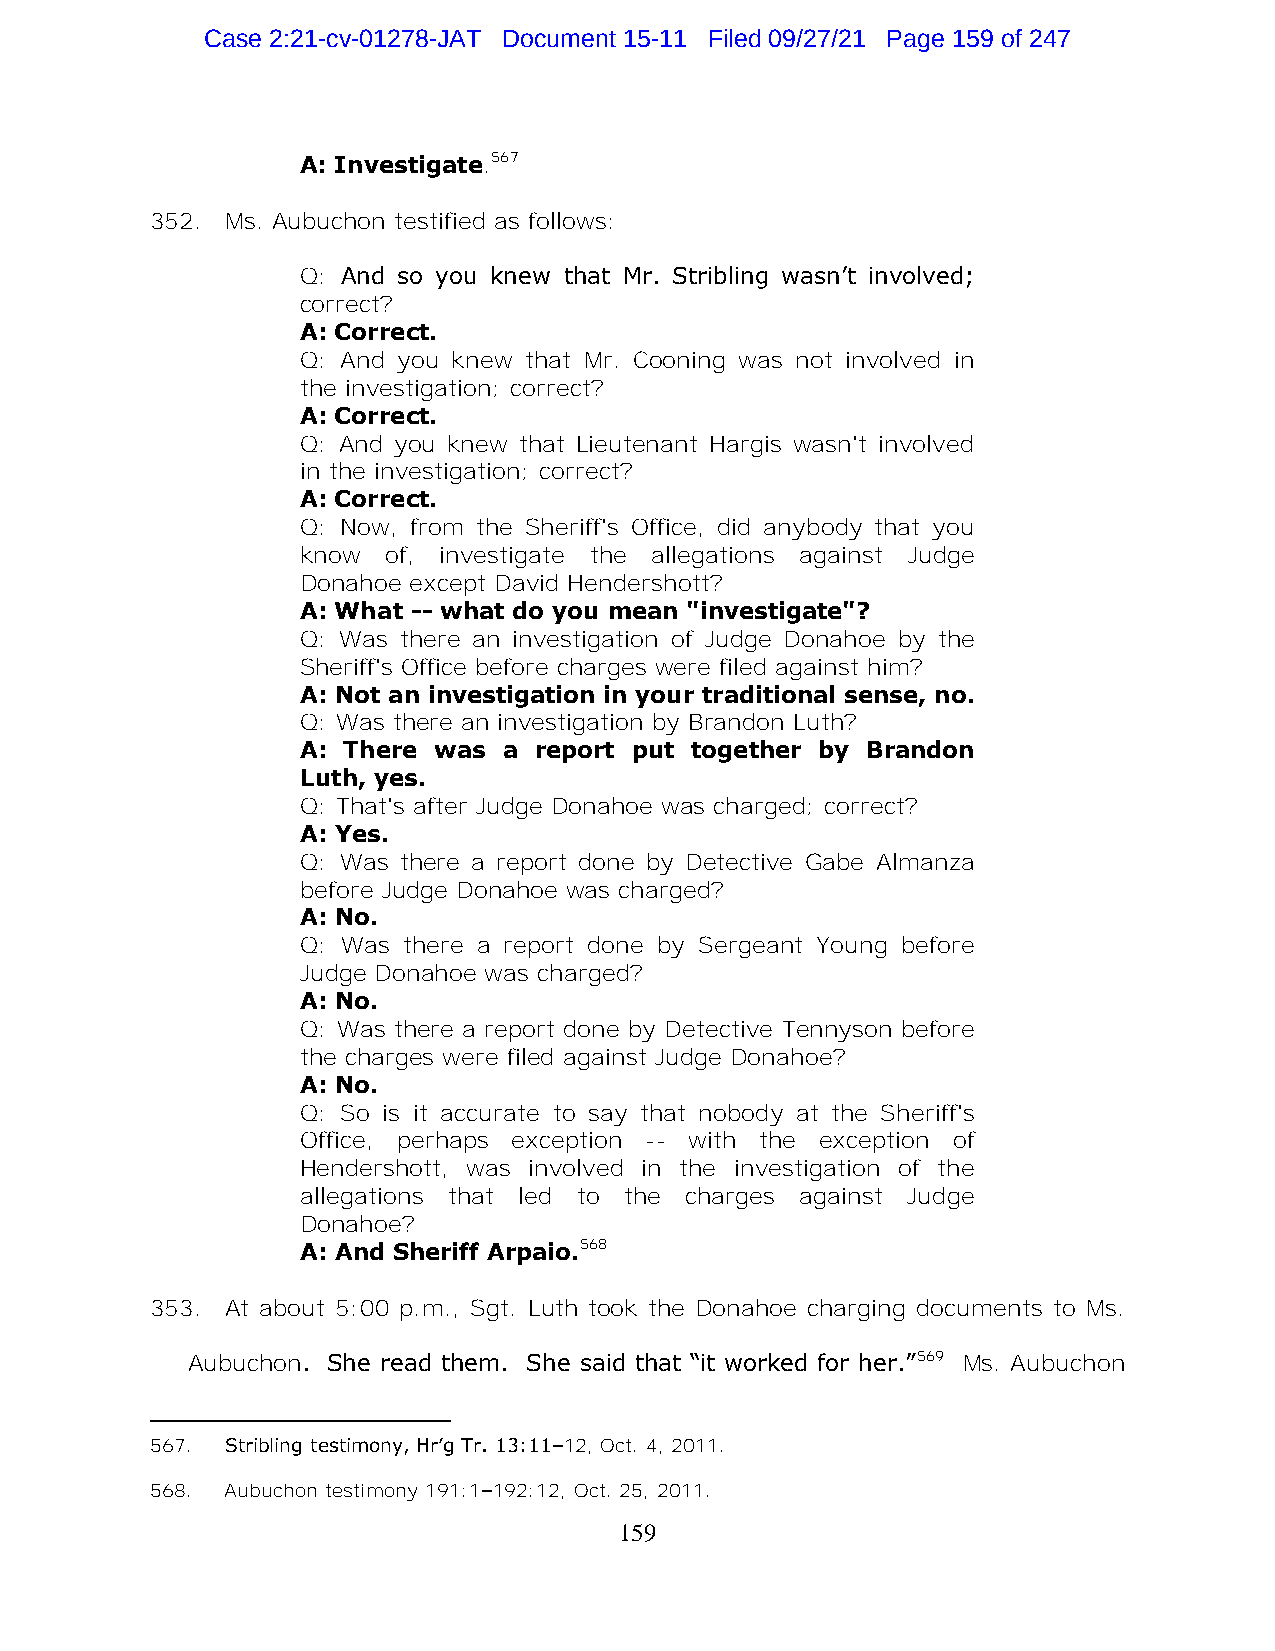
Case 2:21-cv-01278-JAT Document 15-11 Filed 09/27/21 Page 159 of 247
 A: Investigate.567
 352. Ms. Aubuchon testified as follows:
 Q: And so you knew that Mr. Stribling wasn’t involved;
 correct?
 A: Correct.
 Q: And you knew that Mr. Cooning was not involved in
 the investigation; correct?
 A: Correct.
 Q: And you knew that Lieutenant Hargis wasn't involved
 in the investigation; correct?
 A: Correct.
 Q: Now, from the Sheriff's Office, did anybody that you
 know  of, investigate the allegations against Judge
 Donahoe except David Hendershott?
 A: What -- what do you mean "investigate"?
 Q: Was there an investigation of Judge Donahoe by the
 Sheriff's Office before charges were filed against him?
 A: Not an investigation in your traditional sense, no.
 Q: Was there an investigation by Brandon Luth?
 A: There was a report put together by Brandon
 Luth, yes.
 Q: That's after Judge Donahoe was charged; correct?
 A: Yes.
 Q: Was there a report done by Detective Gabe Almanza
 before Judge Donahoe was charged?
 A: No.
 Q: Was there a report done by Sergeant Young before
 Judge Donahoe was charged?
 A: No.
 Q: Was there a report done by Detective Tennyson before
 the charges were filed against Judge Donahoe?
 A: No.
 Q: So is it accurate to say that nobody at the Sheriff's
 Office, perhaps exception -- with the exception of
 Hendershott, was involved in the investigation of the
 allegations that led to the charges against Judge
 Donahoe?
 A: And Sheriff Arpaio.568
 353. At about 5:00 p.m., Sgt. Luth took the Donahoe charging documents to Ms.
 Aubuchon. She read them. She said that “it worked for her.”569 Ms. Aubuchon
 567. Stribling testimony, Hr’g Tr. 13:11–12, Oct. 4, 2011.
 568. Aubuchon testimony 191:1–192:12, Oct. 25, 2011.
 159